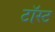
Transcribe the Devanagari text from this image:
टॉस्ट